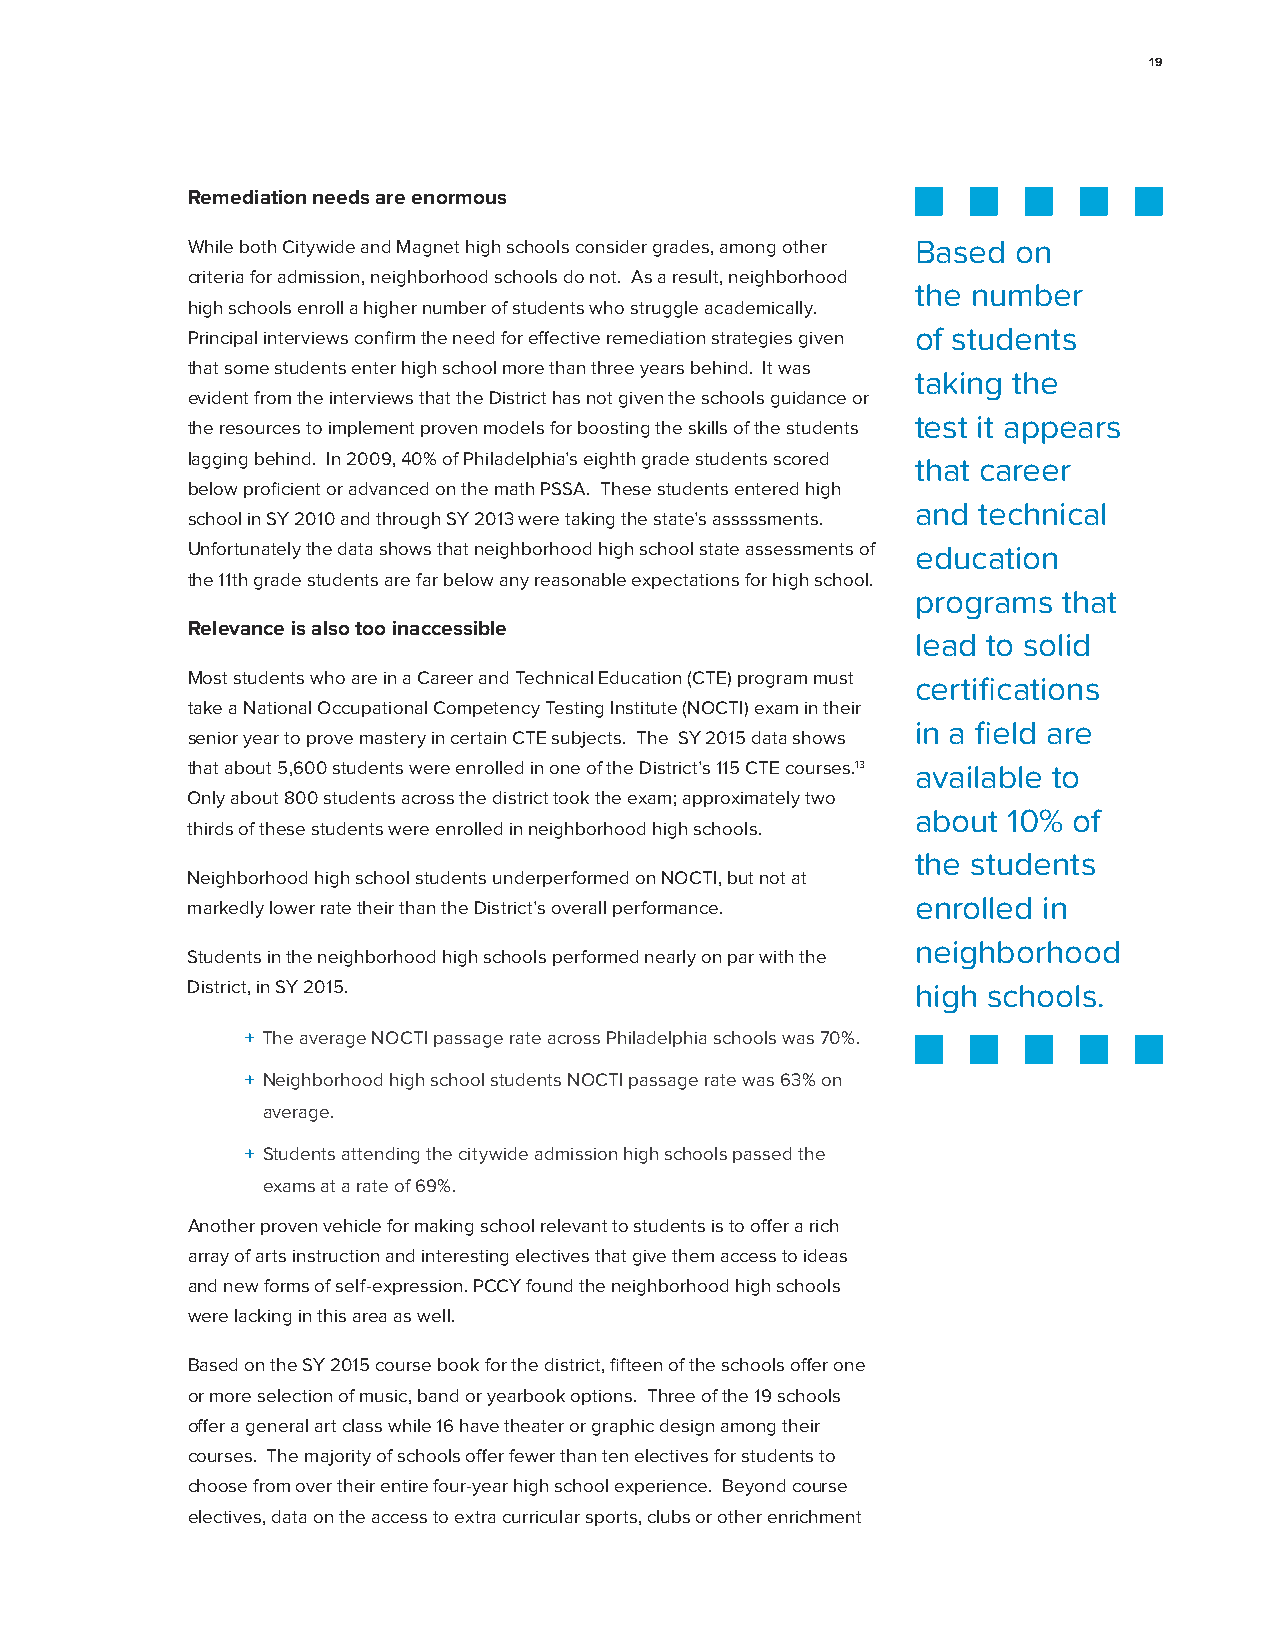
19
 Remediation needs are enormous
 While both Citywide and Magnet high schools consider grades, among other Based on
 criteria for admission, neighborhood schools do not. As a result, neighborhood
 the number
 high schools enroll a higher number of students who struggle academically.
 Principal interviews confirm the need for effective remediation strategies given of students
 that some students enter high school more than three years behind. It was
 taking the
 evident from the interviews that the District has not given the schools guidance or
 test it appears
 the resources to implement proven models for boosting the skills of the students
 lagging behind. In 2009, 40% of Philadelphia’s eighth grade students scored that career
 below proficient or advanced on the math PSSA. These students entered high
 and technical
 school in SY 2010 and through SY 2013 were taking the state’s asssssments.
 Unfortunately the data shows that neighborhood high school state assessments of education
 the 11th grade students are far below any reasonable expectations for high school.
 programs that
 Relevance is also too inaccessible
 lead to solid
 Most students who are in a Career and Technical Education (CTE) program must certifications
 take a National Occupational Competency Testing Institute (NOCTI) exam in their
 in a field are
 senior year to prove mastery in certain CTE subjects. The SY 2015 data shows
 that about 5,600 students were enrolled in one of the District’s 115 CTE courses.13 available to
 Only about 800 students across the district took the exam; approximately two
 about 10% of
 thirds of these students were enrolled in neighborhood high schools.
 the students
 Neighborhood high school students underperformed on NOCTI, but not at
 enrolled in
 markedly lower rate their than the District’s overall performance.
 neighborhood
 Students in the neighborhood high schools performed nearly on par with the
 District, in SY 2015.                            high schools.
 + The average NOCTI passage rate across Philadelphia schools was 70%.
 + Neighborhood high school students NOCTI passage rate was 63% on
 average.
 + Students attending the citywide admission high schools passed the
 exams at a rate of 69%.
 Another proven vehicle for making school relevant to students is to offer a rich
 array of arts instruction and interesting electives that give them access to ideas
 and new forms of self-expression. PCCY found the neighborhood high schools
 were lacking in this area as well.
 Based on the SY 2015 course book for the district, fifteen of the schools offer one
 or more selection of music, band or yearbook options. Three of the 19 schools
 offer a general art class while 16 have theater or graphic design among their
 courses. The majority of schools offer fewer than ten electives for students to
 choose from over their entire four-year high school experience. Beyond course
 electives, data on the access to extra curricular sports, clubs or other enrichment